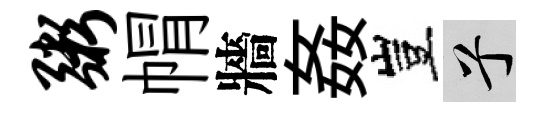
粥㡌牆姦豈兮